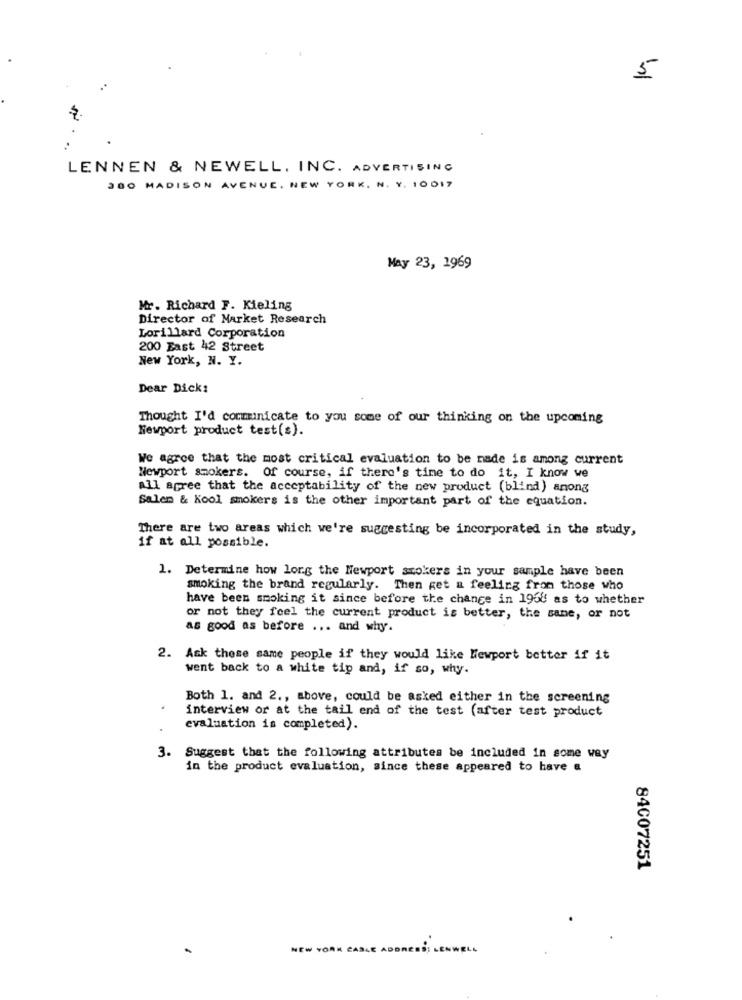
5
LENNEN & NEWELL, INC. ADVERTISING
300 MADISON AVENUE , NEW YORK, N. Y. 10017
May 23, 1969
Mr. Richard F. Kieling
Director of Market Research
Lorillard Corporation
200 East 42 Street
New York, N. Y.
Dear Dick:
Thought I'd communicate to you some of our thinking on the upcoming
Newport product test(s).
We agree that the most critical evaluation to be nade is among current
Newport smokers. Of course, if there's time to do it, I know we
all agree that the acceptability of the new product (blind) anong
Salem & Kool smokers is the other important part of the equation.
There are two areas which we're suggesting be incorporated in the study,
if at all possible.
1. Determine how long the Newport smokers in your sample have been
smoking the brand regularly. Then get a feeling from those who
have been smoking it since before the change in 1958 as to whether
or not they feel the current product is better, the same, or not
as good as before ... and why.
2. Ask these same people if they would like Newport better if it
went back to a white tip and, if so, why.
Both 1. and 2 ., above, could be asked either in the screening
interview or at the tail end of the test (after test product
evaluation is completed).
3. Suggest that the following attributes be included in some way
in the product evaluation, since these appeared to have a
84C07251
NEW YORK CABLE ADDRESS;